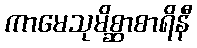
ကာမေသုမိစ္ဆာစာရိနီ